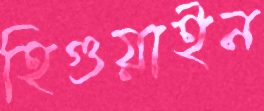
হিগুয়াইন